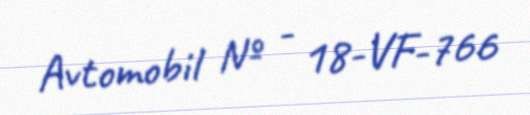
Avtomobil № - 18-VF-766